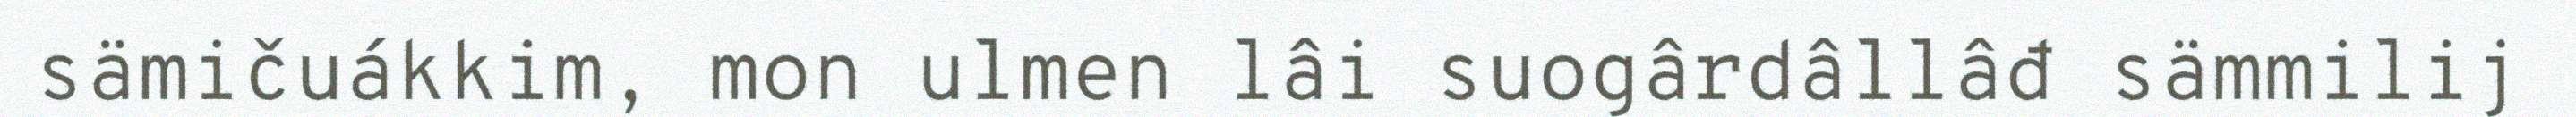
sämičuákkim, mon ulmen lâi suogârdâllâđ sämmilij